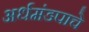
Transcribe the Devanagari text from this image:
अर्धमंडपाचे